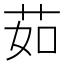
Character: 茹